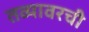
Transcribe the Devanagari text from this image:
तव्यावरची